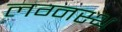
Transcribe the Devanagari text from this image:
लग्नस्थ